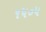
૧૫૦૫